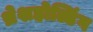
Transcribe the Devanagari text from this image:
थ्रेशहोल्डिंग